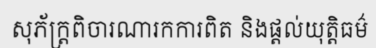
សុភ័ក្ត្រពិចារណារកការពិត និងផ្តល់យុត្តិធម៌